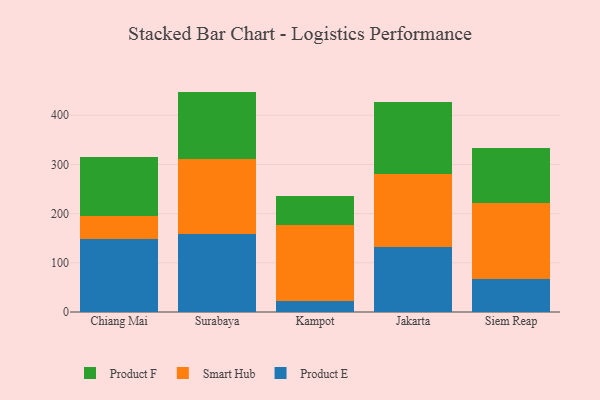
{"axis": {"x": "City", "y": "Temperature (°C)"}, "legend": ["Product E", "Product F", "Smart Hub"], "data": [{"x": "Chiang Mai", "y": 149.3, "type": "Product E"}, {"x": "Chiang Mai", "y": 45.5, "type": "Smart Hub"}, {"x": "Chiang Mai", "y": 119.9, "type": "Product F"}, {"x": "Surabaya", "y": 157.8, "type": "Product E"}, {"x": "Surabaya", "y": 153.6, "type": "Smart Hub"}, {"x": "Surabaya", "y": 136.7, "type": "Product F"}, {"x": "Kampot", "y": 21.9, "type": "Product E"}, {"x": "Kampot", "y": 155.8, "type": "Smart Hub"}, {"x": "Kampot", "y": 57.9, "type": "Product F"}, {"x": "Jakarta", "y": 131.2, "type": "Product E"}, {"x": "Jakarta", "y": 149.5, "type": "Smart Hub"}, {"x": "Jakarta", "y": 145.8, "type": "Product F"}, {"x": "Siem Reap", "y": 66.5, "type": "Product E"}, {"x": "Siem Reap", "y": 154.7, "type": "Smart Hub"}, {"x": "Siem Reap", "y": 111.3, "type": "Product F"}]}